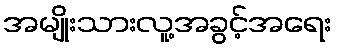
အမျိုးသားလူ့အခွင့်အရေး